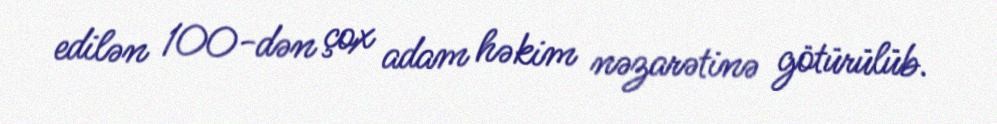
edilən 100-dən çox adam həkim nəzarətinə götürülüb.